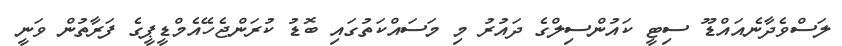
ލަސްވެދާނެއައްޑޫ ސިޓީ ކައުންސިލްގެ ދައުރު މި މަސައްކަތުގައި ބޮޑު ކުރަންޖެހޭއެމްޑީޕީގެ ފަރާތުން ވަނީ